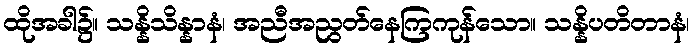
ထိုအခါ၌။ သန္နိသိန္နာနံ၊ အညီအညွတ်နေကြကုန်သော။ သန္နိပတိတာနံ၊